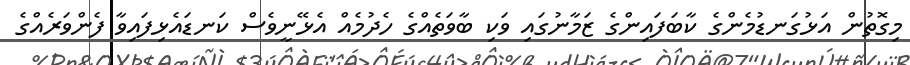
މިގޮތުން އަޅުގަނޑުމެންގެ ކާބަފައިންގެ ޒަމާނުގައި ވަކި ބާވަތެއްގެ ހެދުމެއް އެޅޭނީވެސް ކަނޑައެޅިފައިވާ ފެންވަރެއްގެ